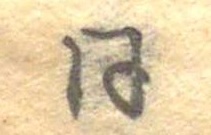
同